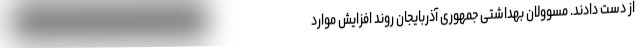
از دست دادند. مسوولان بهداشتی جمهوری آذربایجان روند افزایش موارد